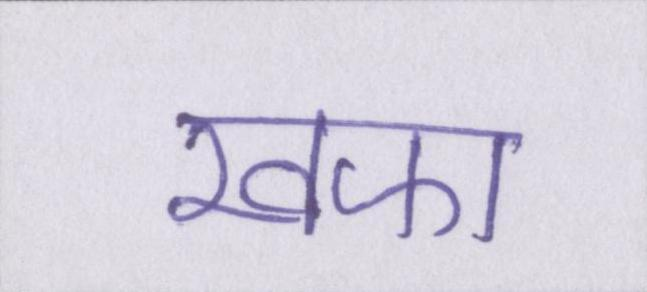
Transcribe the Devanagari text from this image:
खफा